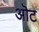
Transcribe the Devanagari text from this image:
ऒट